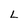
Character: L